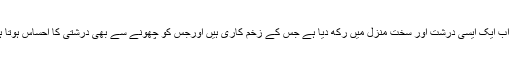
اور اب ایک ایسی درشت اور سخت منزل میں رکھ دیا ہے جس کے زخم کاری ہیں اورجس کو چھونے سے بھی درشتی کا احساس ہوتا ہے۔